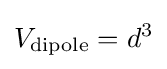
V_{\mathrm {dipole} }=d^{3}